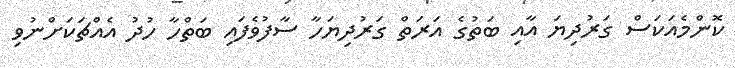
ކޮންމެއަކަސް ގަރުދިޔަ އާއި ބަތުގެ އަރަތް ގަރުދިޔަހާ ސާފުވެފައި ބަތްހާ ހުދު އެއްޗަކަށްނުވި